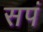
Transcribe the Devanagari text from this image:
सपं